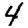
Digit: 4